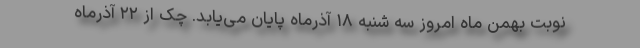
نوبت بهمن ماه امروز سه شنبه ۱۸ آذرماه پایان می‌یابد. چک از ۲۲ آذرماه